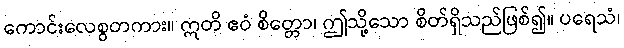
ကောင်းလေစွတကား။ ဣတိ ဧဝံ စိတ္တော၊ ဤသို့သော စိတ်ရှိသည်ဖြစ်၍။ ပရေသံ၊